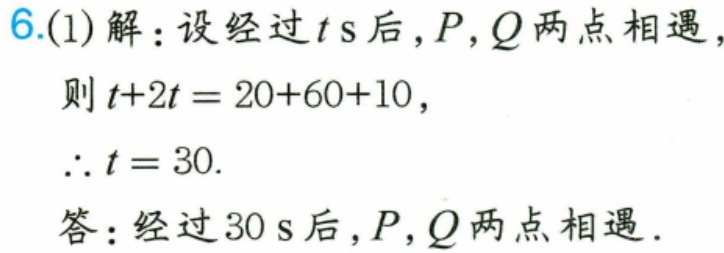
6.(1)解：设经过\(t\ \text{s}\)后，\(P,Q\)两点相遇，
则\(t + 2t=20 + 60+10\)，
\(\therefore t = 30\).
答：经过\(30\ \text{s}\)后，\(P,Q\)两点相遇.